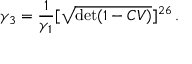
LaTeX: \gamma _ { 3 } = \frac { 1 } { \gamma _ { 1 } } [ \sqrt { \operatorname * { d e t } ( 1 - C V ) } ] ^ { 2 6 } \, .